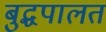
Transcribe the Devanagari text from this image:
बुद्धपालत